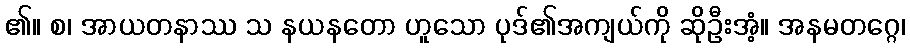
၏။ စ၊ အာယတနာဿ သ နယနတော ဟူသော ပုဒ်၏အကျယ်ကို ဆိုဦးအံ့။ အနမတဂ္ဂေ၊